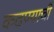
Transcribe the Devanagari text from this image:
कढण्याची